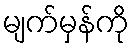
မျက်မှန်ကို